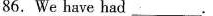
86.We have had ___.